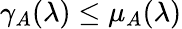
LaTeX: \gamma_{A}(\lambda)\leq\mu_{A}(\lambda)